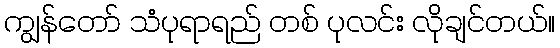
ကျွန်တော် သံပုရာရည် တစ် ပုလင်း လိုချင်တယ်။